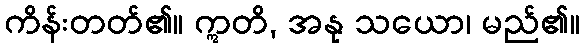
ကိန်းတတ်၏။ ဣတိ, အနု သယော၊ မည်၏။